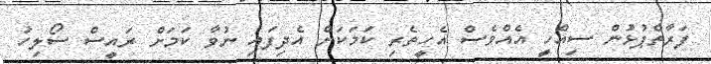
ފަރާތްޕުޅުން ސިއްހީ އެއްވެސް އެހީތެރި ކަމަކަށް އެދިފައި ނުވާ ކަމަށް ރައީސް ސޯލިހު